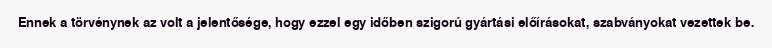
Ennek a törvénynek az volt a jelentősége, hogy ezzel egy időben szigorú gyártási előírásokat, szabványokat vezettek be.